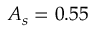
A _ { s } = 0 . 5 5